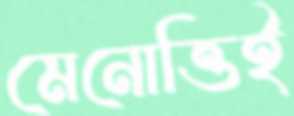
মেনোত্তিই